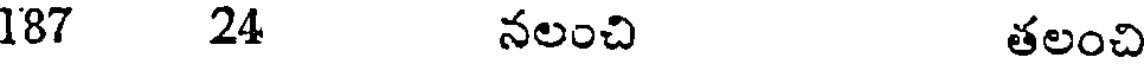
187 24 నలంచి తలంచి